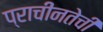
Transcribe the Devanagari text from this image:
प्राचीनतेची